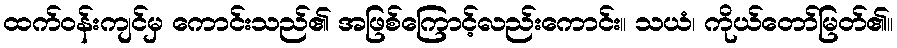
ထက်ဝန်းကျင်မှ ကောင်းသည်၏ အဖြစ်ကြောင့်လည်းကောင်း။ သယံ၊ ကိုယ်တော်မြတ်၏။